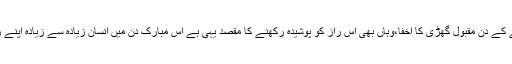
یہ اخفاء ایسا ہی ہے جیسے جمعے کے دن مقبول گھڑی کا اخفا،وہاں بھی اس راز کو پوشیدہ رکھنے کا مقصد یہی ہے اس مبارک دن میں انسان زیادہ سے زیادہ اپنے رب کی رضا جوئی کوشش کرے۔